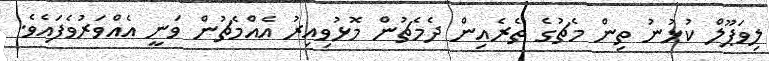
ލިވަޕޫލް ކުޅުނު ތިން މެޗުގެ ތެރެއިން ދެމެޗުން މޮޅުވިއިރު އެއްމެޗުން ވަނީ އެއްވަރުވެފައެވެ.